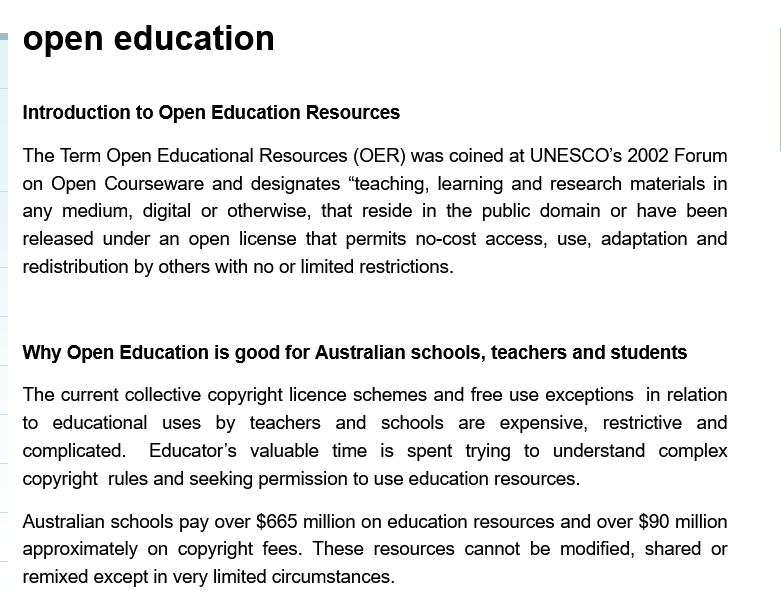
open    education
   Introduction to Open Education Resources
   The Term Open Educational Resources (OER) was coined at UNESCO’s 2002 Forum
   on Open Courseware  and designates “teaching, leaming and research materials in
   any medium, digital or otherwise, that reside in the public domain or have been
   released under an open license that permits no-cost access, use, adaptation and
   redistribution by others with no or limited restrictions.
   Why  Open Education is good for Australian schools, teachers and students
   The current collective copyright licence schemes and free use exceptions in relation
   to educational uses by teachers and  schools are expensive, restrictive and
   complicated. Educator’s valuable time is spent trying to understand complex
   copyright rules and seeking permission to use education resources.
   Australian schools pay over $665 million on education resources and over $90 million
   approximately on copyright fees. These resources cannot be modified, shared or
   remixed except in very limited circumstances.